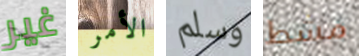
غير الأمر وسلم مشط